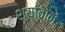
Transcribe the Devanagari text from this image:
श्यावोने